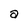
Character: a